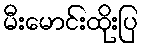
မီးမောင်းထိုးပြ